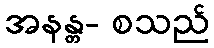
အနန္တ- စသည်